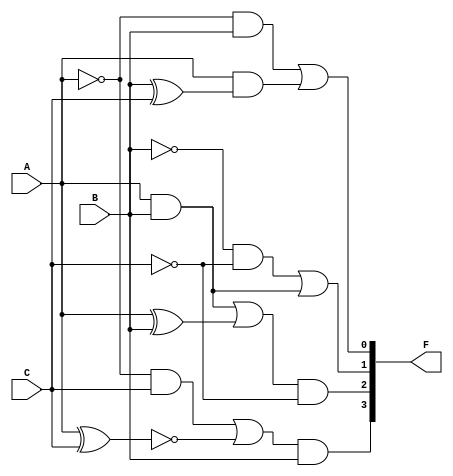


module decoder (output wire [3:0] F,
input wire A,B,C);
wire An,Bn,Cn,Dn,En,Fn,Gn,Hn,In,Jn,m0,m1,m2,m3,m4,m5;
//1st bit (alu_op[0])
not U0 (An,A);
xor U1(Bn,B,C);
and U2(m0,An,B);
and U3(m1,A,Bn);
or U4(F[0],m0,m1);

//2nd bit (alu_op[1])
and U5 (Cn,A,B);
not U6(Dn,B);
not U7(En,C);
and U8(m2,Dn,En);
or U9(F[1],m2,Cn);

//3rd bit (alu_op[2])
and U10(Fn,A,B);
xor U11(Gn,A,B);
not U12(Hn,C);
or U13(m3,Fn,Gn);
and U14(F[2],m3,Hn);

//4th bit (alu_op[3])
not U15(In,A);
xnor U16(Jn,A,C);
and U17(m4,In,C);
or U18(m5,m4,Jn);
and U19(F[3],m5,B);

endmodule